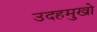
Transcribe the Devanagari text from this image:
उदहमुखो